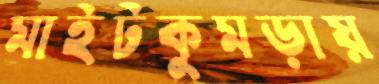
মাইটকুমড়ায়